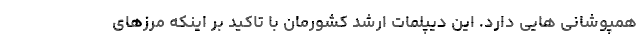
همپوشانی هایی دارد. این دیپلمات ارشد کشورمان با تاکید بر اینکه مرزهای